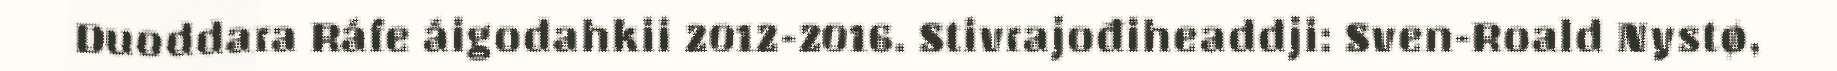
Duoddara Ráfe áigodahkii 2012-2016. Stivrajođiheaddji: Sven-Roald Nystø,